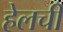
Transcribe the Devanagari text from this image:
हेलची